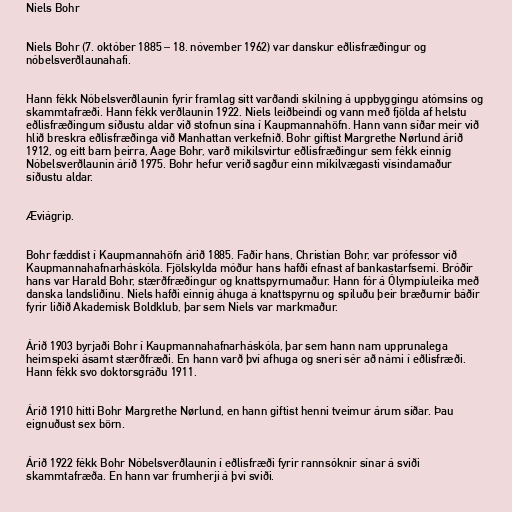
Niels Bohr

Niels Bohr (7. október 1885 – 18. nóvember 1962) var danskur eðlisfræðingur og
nóbelsverðlaunahafi.

Hann fékk Nóbelsverðlaunin fyrir framlag sitt varðandi skilning á uppbyggingu atómsins og
skammtafræði. Hann fékk verðlaunin 1922. Niels leiðbeindi og vann með fjölda af helstu
eðlisfræðingum síðustu aldar við stofnun sína í Kaupmannahöfn. Hann vann síðar meir við
hlið breskra eðlisfræðinga við Manhattan verkefnið. Bohr giftist Margrethe Nørlund árið
1912, og eitt barn þeirra, Aage Bohr, varð mikilsvirtur eðlisfræðingur sem fékk einnig
Nóbelsverðlaunin árið 1975. Bohr hefur verið sagður einn mikilvægasti vísindamaður
síðustu aldar.

Æviágrip.

Bohr fæddist í Kaupmannahöfn árið 1885. Faðir hans, Christian Bohr, var prófessor við
Kaupmannahafnarháskóla. Fjölskylda móður hans hafði efnast af bankastarfsemi. Bróðir
hans var Harald Bohr, stærðfræðingur og knattspyrnumaður. Hann fór á Ólympíuleika með
danska landsliðinu. Niels hafði einnig áhuga á knattspyrnu og spiluðu þeir bræðurnir báðir
fyrir liðið Akademisk Boldklub, þar sem Niels var markmaður.

Árið 1903 byrjaði Bohr í Kaupmannahafnarháskóla, þar sem hann nam upprunalega
heimspeki ásamt stærðfræði. En hann varð því afhuga og sneri sér að námi í eðlisfræði.
Hann fékk svo doktorsgráðu 1911.

Árið 1910 hitti Bohr Margrethe Nørlund, en hann giftist henni tveimur árum síðar. Þau
eignuðust sex börn.

Árið 1922 fékk Bohr Nóbelsverðlaunin í eðlisfræði fyrir rannsóknir sínar á sviði
skammtafræða. En hann var frumherji á því sviði.